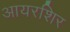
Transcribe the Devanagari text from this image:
आयरशिर